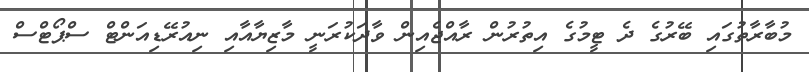
މުބާރާތުގައި ބޭރުގެ ދެ ޓީމުގެ އިތުރުން ރާއްޖެއިން ވާދަކުރަނީ މާޒިޔާއާއި ނިއުރޭޑިއަންޓް ސްޕޯޓްސް